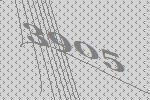
3905